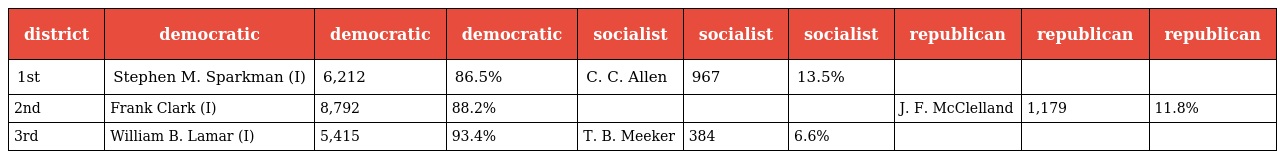
| district | democratic | democratic | democratic | socialist | socialist | socialist | republican | republican | republican |
 | --- | --- | --- | --- | --- | --- | --- | --- | --- | --- |
 | 1st | Stephen M. Sparkman (I) | 6,212 | 86.5% | C. C. Allen | 967 | 13.5% |  |  |  |
 | 2nd | Frank Clark (I) | 8,792 | 88.2% |  |  |  | J. F. McClelland | 1,179 | 11.8% |
 | 3rd | William B. Lamar (I) | 5,415 | 93.4% | T. B. Meeker | 384 | 6.6% |  |  |  |